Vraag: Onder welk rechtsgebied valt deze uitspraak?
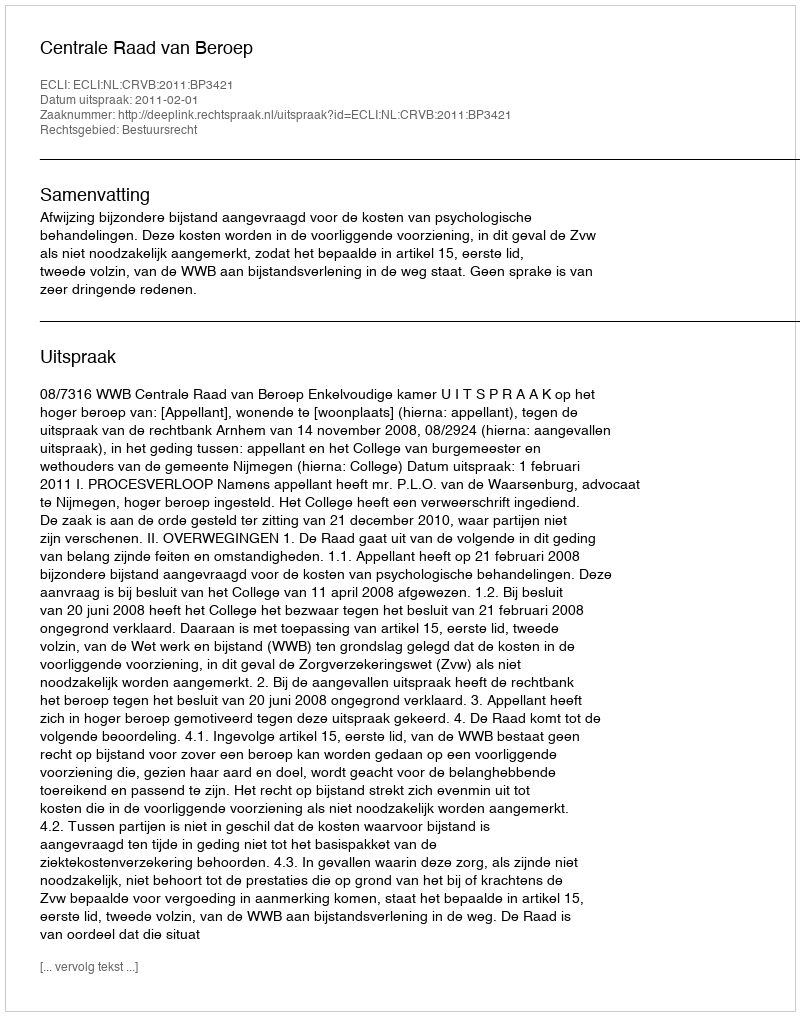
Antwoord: Bestuursrecht